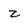
Character: Z